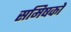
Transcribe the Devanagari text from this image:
समिषको